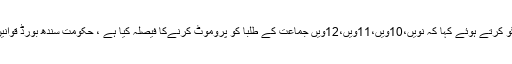
تفصیلات کے مطابق وزیر تعلیم سندھ سعید غنی نے میڈیا سے گفتگو کرتے ہوئے کہا کہ نویں،10ویں،11ویں،12ویں جماعت کے طلبا کو پروموٹ کرنےکا فیصلہ کیا ہے ، حکومت سندھ بورڈ قوانین میں ترمیم کرے گی، جس کے بعد طلبا کو پروموٹ کیا جائے گا‌۔